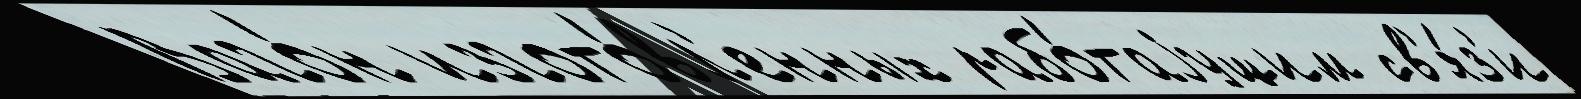
Ваго́н изгото́вл'енных рабо́таjущим св'я́з'и